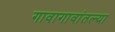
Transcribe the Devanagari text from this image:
गावागावांतल्या